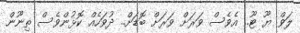
ލަވް ޔޫ ޓޫ.. އެވެސް ވަރަށް ވަރަށް ބޮޑަށް.. ދުވަހެއް ކޮޅުންވެސް ތިނޫން